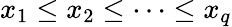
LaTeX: x_{1}\leq x_{2}\leq\dots\leq x_{q}